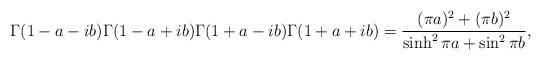
LaTeX: \begin{align*}\Gamma(1-a-ib)\Gamma(1-a+ib)\Gamma(1+a-ib)\Gamma(1+a+ib)=\frac{(\pi a)^2+(\pi b)^2}{\sinh^2\pi a +\sin^2\pi b},\end{align*}